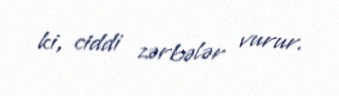
ki, ciddi zərbələr vurur.